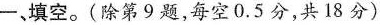
一、填空。(除第9题，每空0.5分，共18分)